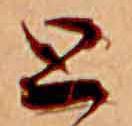
と